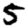
Digit: 5